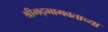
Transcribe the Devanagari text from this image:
श्रीमद्‍भागवताच्या